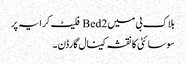
بلاک بی میں 2 Bed فلیٹ کرایہ پر
سوسائٹی کا نقشہ کینال گارڈن ۔